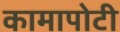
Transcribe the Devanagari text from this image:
कामापोटी